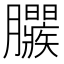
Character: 𣎱